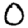
Digit: 0